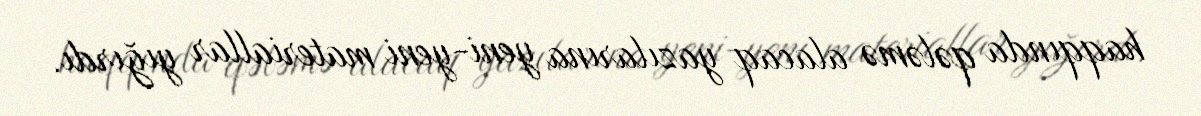
haqqında qələmə alacaq yazılarına yeni-yeni materiallar yığırdı.